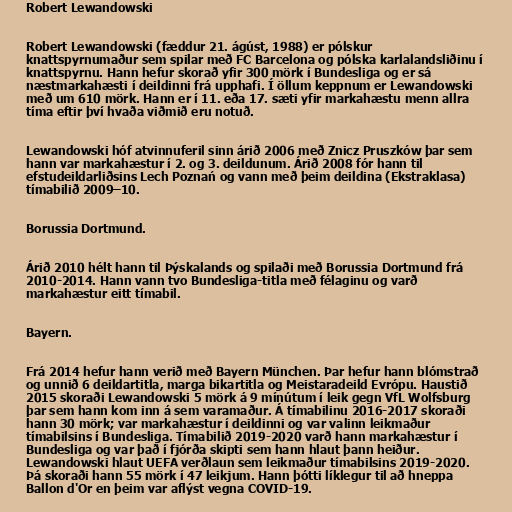
Robert Lewandowski

Robert Lewandowski (fæddur 21. ágúst, 1988) er pólskur
knattspyrnumaður sem spilar með FC Barcelona og pólska karlalandsliðinu í
knattspyrnu. Hann hefur skorað yfir 300 mörk í Bundesliga og er sá
næstmarkahæsti í deildinni frá upphafi. Í öllum keppnum er Lewandowski
með um 610 mörk. Hann er í 11. eða 17. sæti yfir markahæstu menn allra
tíma eftir því hvaða viðmið eru notuð.

Lewandowski hóf atvinnuferil sinn árið 2006 með Znicz Pruszków þar sem
hann var markahæstur í 2. og 3. deildunum. Árið 2008 fór hann til
efstudeildarliðsins Lech Poznań og vann með þeim deildina (Ekstraklasa)
tímabilið 2009–10.

Borussia Dortmund.

Árið 2010 hélt hann til Þýskalands og spilaði með Borussia Dortmund frá
2010-2014. Hann vann tvo Bundesliga-titla með félaginu og varð
markahæstur eitt tímabil.

Bayern.

Frá 2014 hefur hann verið með Bayern München. Þar hefur hann blómstrað
og unnið 6 deildartitla, marga bikartitla og Meistaradeild Evrópu. Haustið
2015 skoraði Lewandowski 5 mörk á 9 mínútum í leik gegn VfL Wolfsburg
þar sem hann kom inn á sem varamaður. Á tímabilinu 2016-2017 skoraði
hann 30 mörk; var markahæstur í deildinni og var valinn leikmaður
tímabilsins í Bundesliga. Tímabilið 2019-2020 varð hann markahæstur í
Bundesliga og var það í fjórða skipti sem hann hlaut þann heiður.
Lewandowski hlaut UEFA verðlaun sem leikmaður tímabilsins 2019-2020.
Þá skoraði hann 55 mörk í 47 leikjum. Hann þótti líklegur til að hneppa
Ballon d'Or en þeim var aflýst vegna COVID-19.